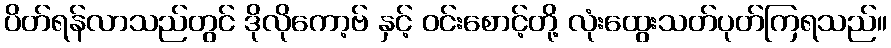
ပိတ်ရန်လာသည်တွင် ဒိုလိုကော့ဗ် နှင့် ဝင်းစောင့်တို့ လုံးထွေးသတ်ပုတ်ကြရသည်။